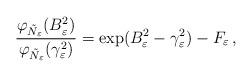
LaTeX: \begin{align*}\frac{\varphi_{\tilde{N}_\varepsilon}(B_\varepsilon^2)}{\varphi_{\tilde{N}_\varepsilon}(\gamma_\varepsilon^2)}=\exp(B_\varepsilon^2-\gamma_\varepsilon^2)-F_\varepsilon\,,\end{align*}